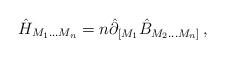
LaTeX: \begin{align*}\hat{H}_{M_1\ldots M_n} =n \hat{\partial}_{[M_1} \hat{B}_{M_2 \ldots M_n ]} \,,\end{align*}